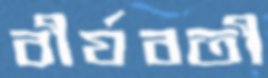
বীর্যবতী